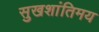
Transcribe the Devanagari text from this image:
सुखशांतिमय